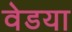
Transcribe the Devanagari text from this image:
वेडया